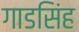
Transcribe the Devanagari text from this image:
गाडसिंह